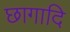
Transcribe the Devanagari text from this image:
छागादि